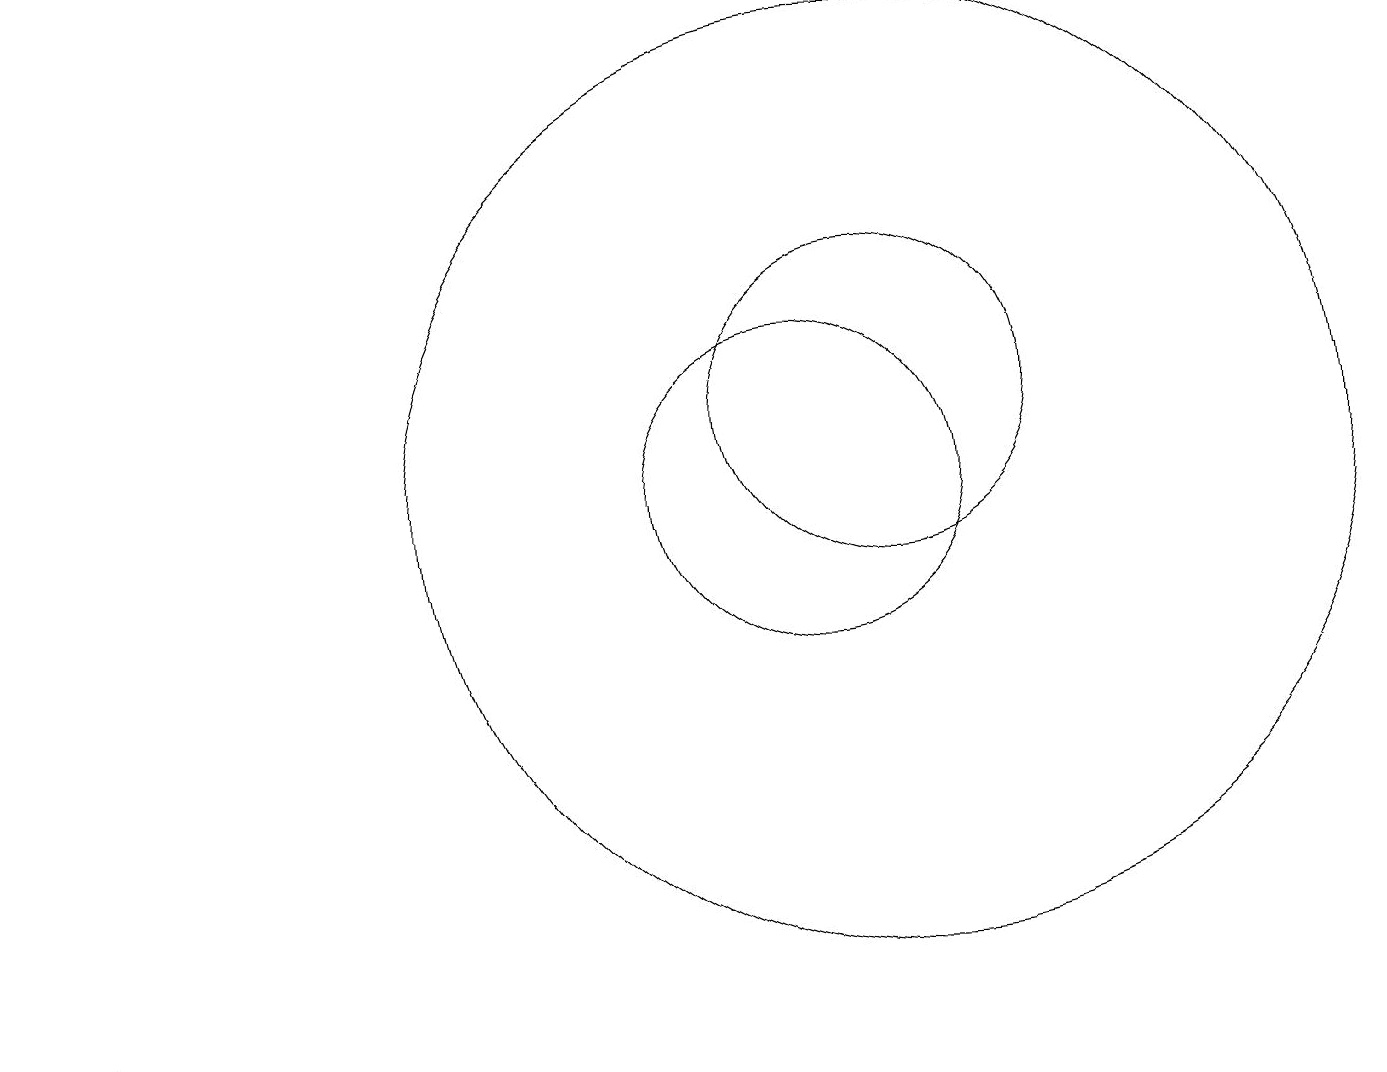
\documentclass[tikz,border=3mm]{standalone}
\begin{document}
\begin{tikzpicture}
\draw (10,10) circle (2);
\draw (11,10) circle (6);
\draw (11,11) circle (2);
\draw (2,3) -- (0,4) -- (2,3) -- cycle;
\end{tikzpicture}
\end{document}